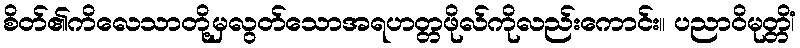
စိတ်၏ကိလေသာတို့မှလွတ်သောအရဟတ္တဖိုလ်ကိုလည်းကောင်း။ ပညာဝိမုတ္တိံ၊